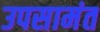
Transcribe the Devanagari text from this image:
उपसामंत